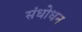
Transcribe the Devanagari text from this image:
संधोधन